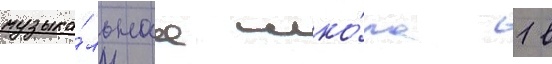
музыка́льнаа шко́ла 1 в